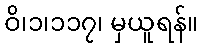
ဝိ၊၁၊၁၁၇၊ မှယူရန်။